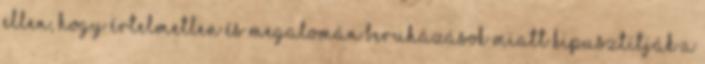
ellen, hogy értelmetlen és megalomán beruházások miatt kipusztítják a